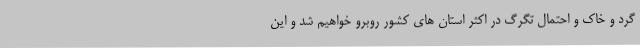
گرد و خاک و احتمال تگرگ در اکثر استان های کشور روبرو خواهیم شد و این